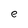
Character: e